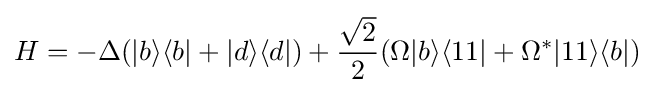
H=-\Delta (|b\rangle \langle b|+|d\rangle \langle d|)+{\frac {\sqrt {2}}{2}}(\Omega |b\rangle \langle 11|+\Omega ^{*}|11\rangle \langle b|)